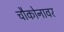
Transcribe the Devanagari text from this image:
चौकोनावर